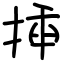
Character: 揷